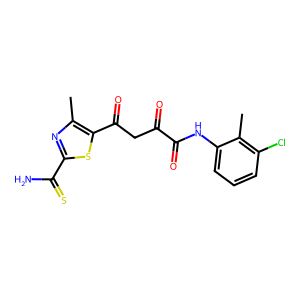
SMILES: Cc1nc(C(N)=S)sc1C(=O)CC(=O)C(=O)Nc1cccc(Cl)c1C
Inhibits HIV replication: No